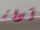
آداة